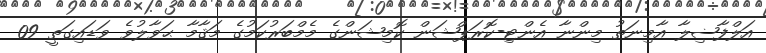
އަލްފާޟިލާ އާމިނަތު މިންނާ އެންޓި-ކޮރަޕްޝަން ކޮމިޝަންގެ މެމްބަރުކަމުގެ މަޤާމާ ޙަވާލުވެ ވަޑައިގަތީ 09